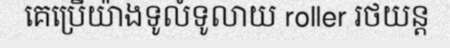
គេប្រើយ៉ាងទូលំទូលាយ roller រថយន្ត